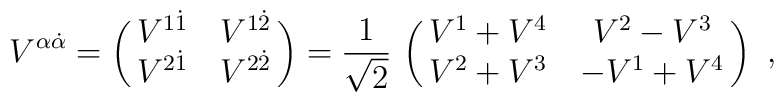
V^{\alpha\dot\alpha}=\pmatrix{V^{1\dot1} & V^{1\dot2}\cr         V^{2\dot1} & V^{2\dot2}\cr} = {1\over\sqrt 2}\,\pmatrix{V^1+V^4 & V^2-V^3 \cr         V^2+V^3 &-V^1+V^4\cr}\ ,